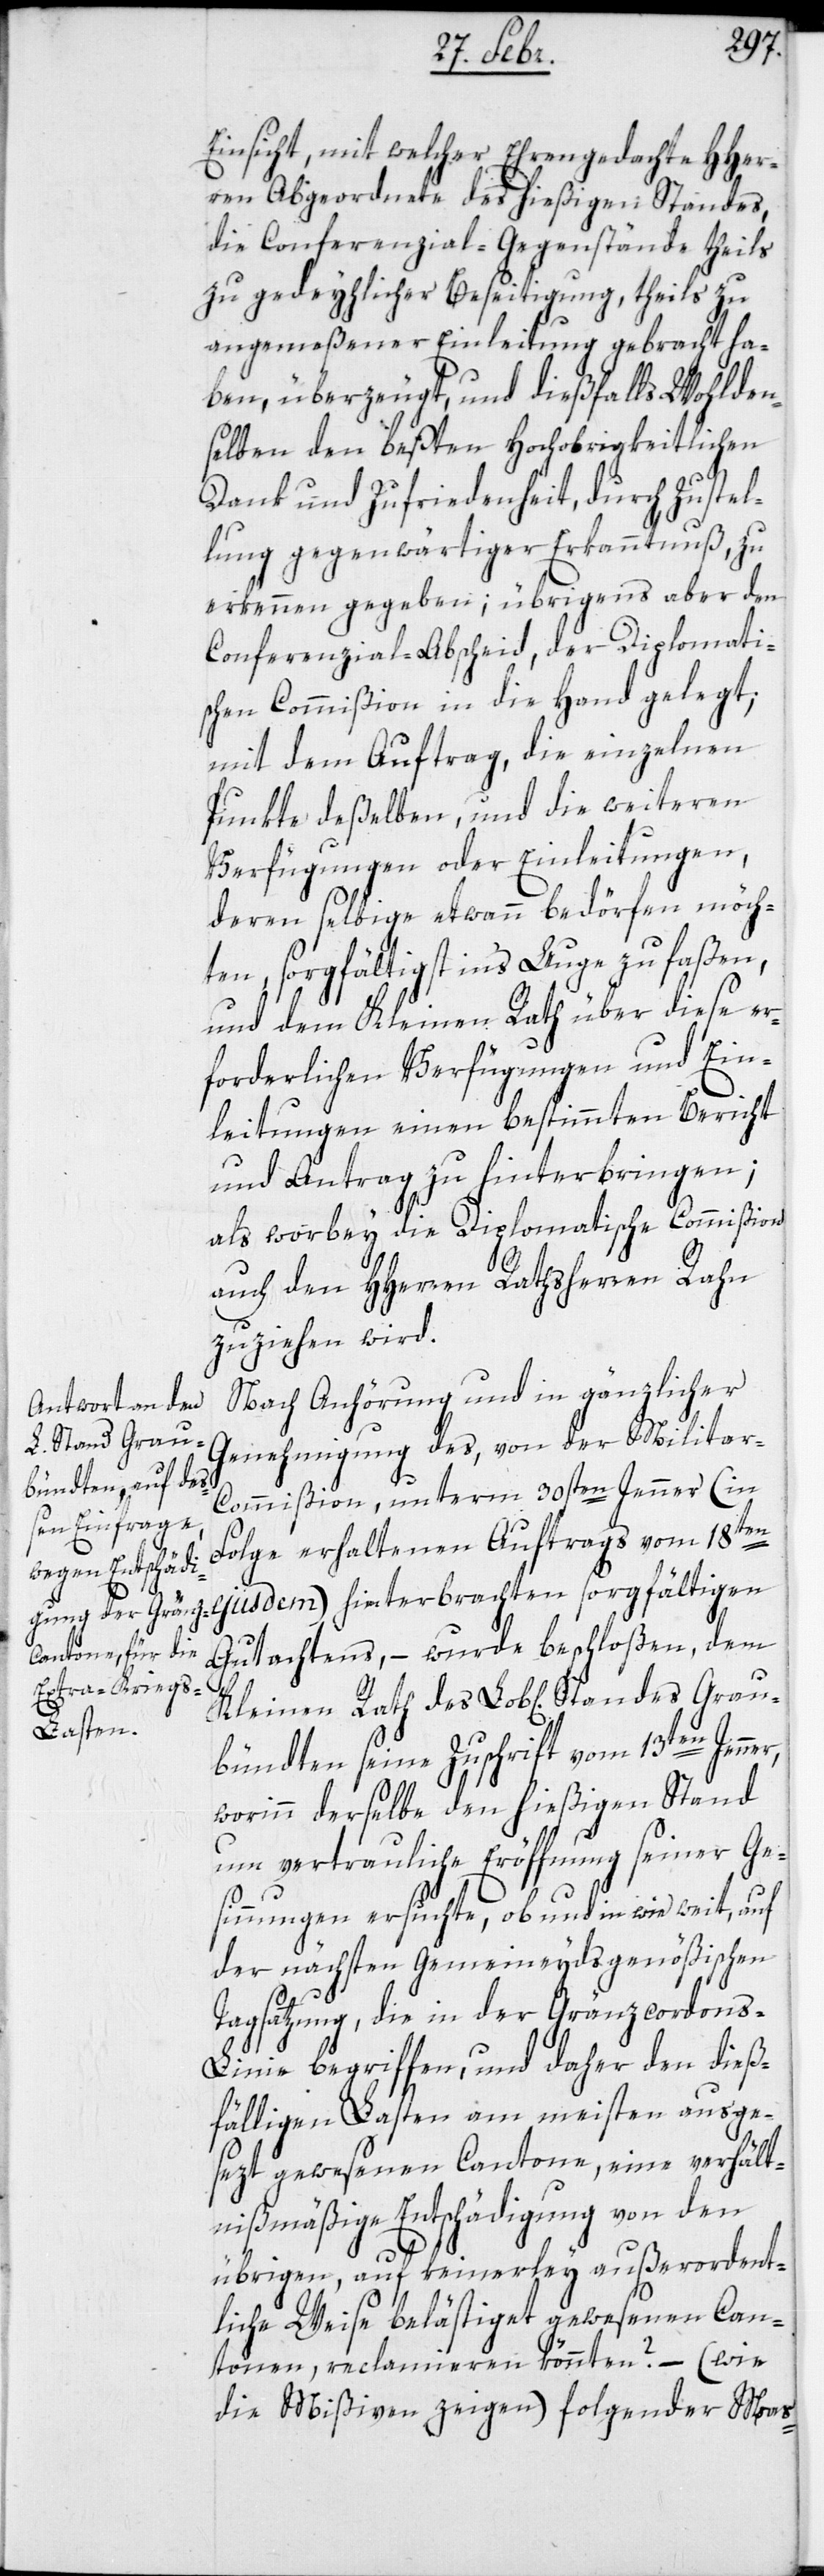
Einsicht, mit welcher Ehrengedachte HHer¬
ren Abgeordnete des hießigen Standes,
die Conferenzial-Gegenstände theils
zu gedeyhlicher Beseitigung, theils zu
angemeßener Einleitung gebracht ha¬
ben, überzeugt, und dießfalls Wohlden¬
selben den beßten Hochobrigkeitlichen
Grau¬
Dank und Zufriedenheit, durch Zustel¬
lung gegenwärtiger Erkanntnuß, zu
erkennen gegeben; übrigens aber den
Conferenzial-Abscheid, der Diplomati¬
schen Commißion in die Hand gelegt;
mit dem Auftrag, die einzelnen
Punkte deßelben, und die weiteren
Verfügungen oder Einleitungen,
deren selbige etwann bedörfen möch¬
ten, sorgfältigst ins Auge zu faßen,
und dem Kleinen Rath über diese er¬
forderlichen Verfügungen und Ein¬
leitungen einen bestimmten Bericht
und Antrag zu hinterbringen;
als worbey die Diplomatische Commißion
auch den HHerren Rathsherren Rahn
zuziehen wird.
Nach Anhörung und in gänzlicher
Genehmigung des, von der Milita¬
r-Commißion unterm 30sten Jenner (in
Folge erhaltenen Auftrags vom 18ten
leinen Rath des
Gutachtens, – wurde beschloßen, dem
r,
bündten seine Zuschrift vom 13ten Jenne¬
worinn derselbe den hießigen Stand
um vertrauliche Eröffnung seiner Ge¬
sinnungen ersuchte, ob und in wie weit, auf
der nächsten Gemeineydsgenößischen
Tagsatzung, die in der Gränzcordons-L¬
inie begriffen, und daher den dieß¬
fälligen Lasten am meisten ausge¬
sezt gewesenen Cantone, eine verhält¬
nismäßige Entschädigung von den
übrigen, auf keinerley außerordent¬
liche Weise belästiget gewesenen Can¬
tonen, reclamieren könnten? – (wie
die Mißiven zeigen) folgender Maas-